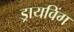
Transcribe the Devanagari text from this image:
ड्रायविंग